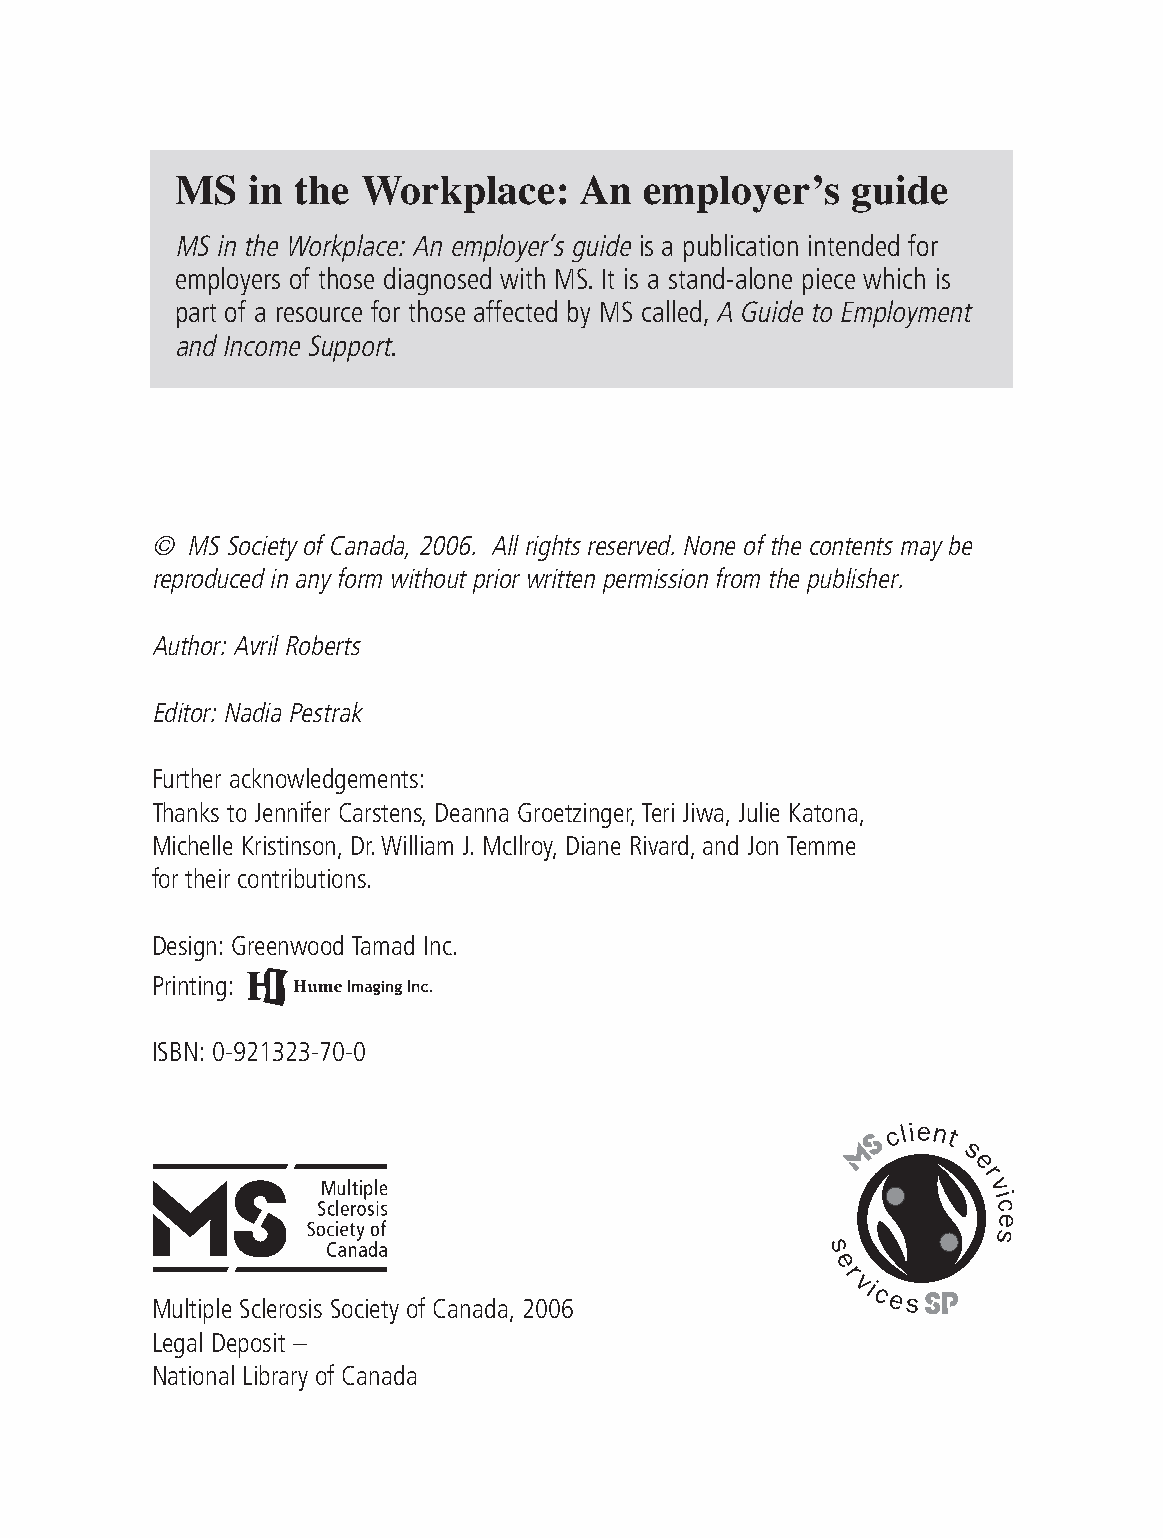
MS  in  the Workplace:    An   employer’s   guide
 MS in the Workplace: An employer’s guideis a publication intended for
 employers of those diagnosed with MS. It is a stand-alone piece which is
 part of a resource for those affected by MS called,A Guide to Employment
 and Income Support.
 © MS Society of Canada, 2006. All rights reserved. None of the contents may be
 reproduced in any form without prior written permission from the publisher.
 Author: Avril Roberts
 Editor: Nadia Pestrak
 Further acknowledgements:
 Thanks to Jennifer Carstens,Deanna Groetzinger,Teri Jiwa,Julie Katona,
 Michelle Kristinson,Dr.William J.McIlroy,Diane Rivard,and Jon Temme
 for their contributions.
 Design:Greenwood Tamad Inc.
 Printing:
 ISBN:0-921323-70-0
 Multiple Sclerosis Society of Canada,2006
 Legal Deposit –
 National Library of Canada